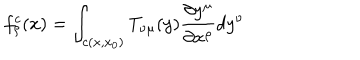
f _ { \rho } ^ { c } ( x ) = \int _ { c ( x , x _ { 0 } ) } T _ { \nu \mu } ( y ) \frac { \partial y ^ { \mu } } { \partial x ^ { \rho } } d y ^ { \nu }